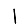
Digit: 1